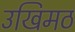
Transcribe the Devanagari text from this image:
उखिमठ